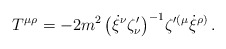
\begin{align*}T{^{\mu\rho}}= -2 m^2\,\big(\dot\xi{^\nu} \zeta^\prime_\nu\big)^{-1}\zeta{^{\prime(\mu}} \dot\xi{^{\rho)}}\, .\end{align*}